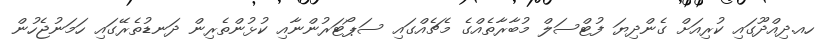
ހއ.ދިއްދޫގައި ކުރިއަށް ގެންދިޔަ ފުޓްސަލް މުބާރާތެެއްގެ މެޗެއްގައި ސަޕޯޓަރުންނާއި ކުޅުންތެރިން ދަނޑުތެރޭގައި ހަމަނުޖެހުން